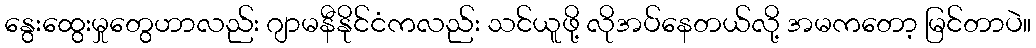
နွေးထွေးမှုတွေဟာလည်း ဂျာမနီနိုင်ငံကလည်း သင်ယူဖို့ လိုအပ်နေတယ်လို့ အမကတော့ မြင်တာပဲ။